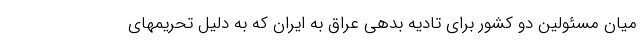
میان مسئولین دو کشور برای تادیه بدهی عراق به ایران که به دلیل تحریمهای